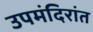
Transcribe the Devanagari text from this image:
उपमंदिरांत